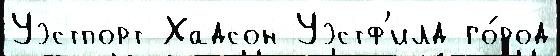
Уэстпорт Хадсон Уэстф'илд го́род